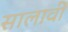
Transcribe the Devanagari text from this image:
सालावीं